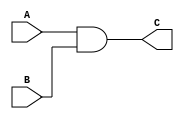
module myand(A, B, C);
  input A, B;
  output C;

  and (C, A, B);
endmodule

module myand_test();
  reg X, Y;
  wire Z;

  initial
    begin
      #100 X = 0;	Y = 0;
	#100 X = 0;	Y = 1;
	#100 X = 1; Y = 1;
	#100 X = 1; Y = 0;
	#100;
	#100 $stop;
    end

  myand inst1 (X, Y, Z);
endmodule